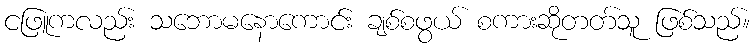
ငဖြူကလည်း သဘောမနောကောင်း ချစ်စဖွယ် စကားဆိုတတ်သူ ဖြစ်သည်။